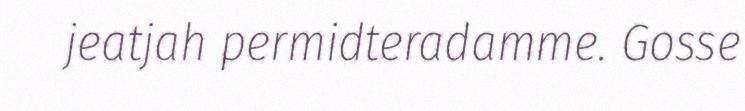
jeatjah permidteradamme. Gosse